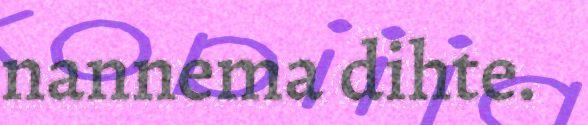
nannema dihte.